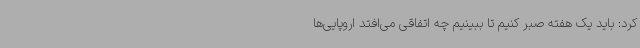
کرد: باید یک هفته صبر کنیم تا ببینیم چه اتفاقی می‌افتد اروپایی‌ها